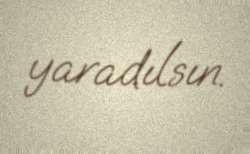
yaradılsın.